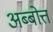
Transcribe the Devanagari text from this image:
अब्बोत्त